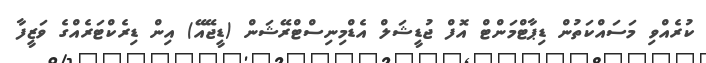
ކުރެއްވި މަސައްކަތުން ޑިޕާޓްމަންޓް އޮފް ޖުޑީޝަލް އެޑްމިނިސްޓްރޭޝަން (ޑީޖޭއޭ) އިން ޑިރެކްޓަރެއްގެ ވަޒީފާ